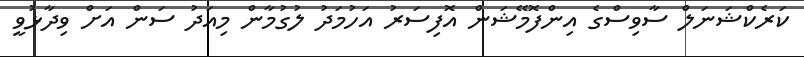
ކަރެކްޝަނަލް ސާވިސްގެ އިންފޮމޭޝަން އޮފިސަރު އަހުމަދު ލުގުމާން މިއަދު ސަން އަށް ވިދާޅުވީ